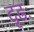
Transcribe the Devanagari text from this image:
दृढः